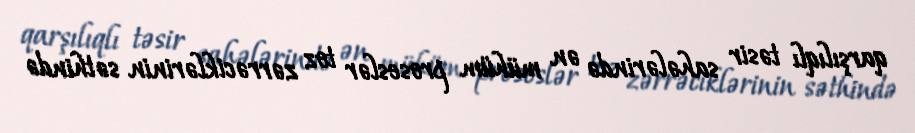
qarşılıqlı təsir sahələrində ən mühüm proseslər toz zərrəciklərinin səthində